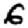
Digit: 6